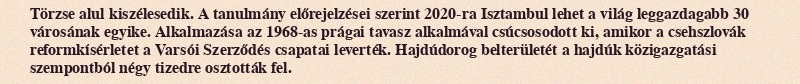
Törzse alul kiszélesedik. A tanulmány előrejelzései szerint 2020-ra Isztambul lehet a világ leggazdagabb 30 városának egyike. Alkalmazása az 1968-as prágai tavasz alkalmával csúcsosodott ki, amikor a csehszlovák reformkísérletet a Varsói Szerződés csapatai leverték. Hajdúdorog belterületét a hajdúk közigazgatási szempontból négy tizedre osztották fel.